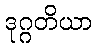
ဒုဂ္ဂတိယာ